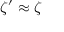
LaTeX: \zeta ^ { \prime } \approx \zeta